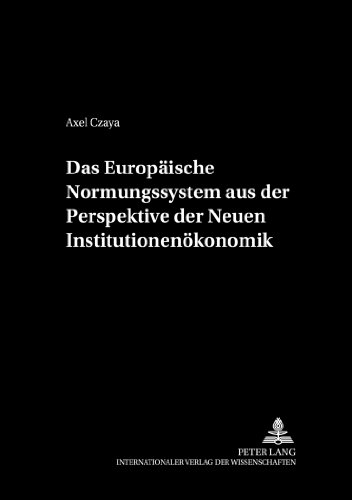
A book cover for Das EuropÃ¤ische Normungssystem aus der Perspektive der Neuen InstitutionenÃ¶konomik (Schriften zur Wirtschaftstheorie und Wirtschaftspolitik) (German Edition); Axel Czaya; Business & Money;